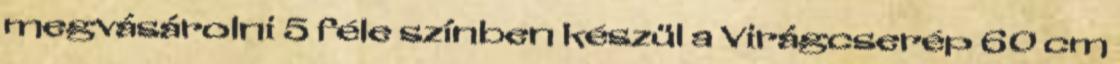
megvásárolni 5 féle színben készül a Virágcserép 60 cm